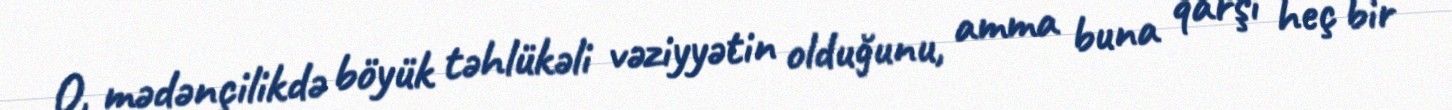
O, mədənçilikdə böyük təhlükəli vəziyyətin olduğunu, amma buna qarşı heç bir